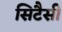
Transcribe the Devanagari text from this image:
सिटैसी